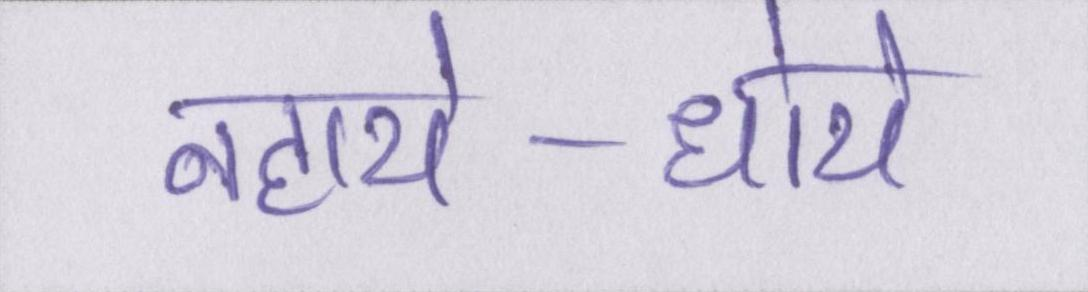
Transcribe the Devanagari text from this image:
नहाये-धोये